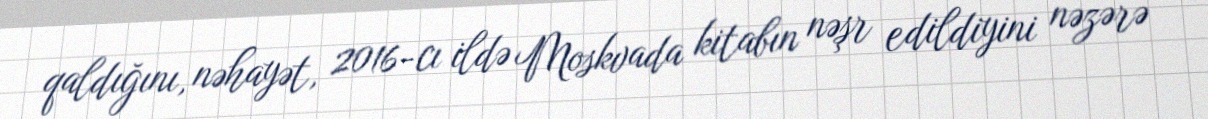
qaldığını, nəhayət, 2016-cı ildə Moskvada kitabın nəşr edildiyini nəzərə